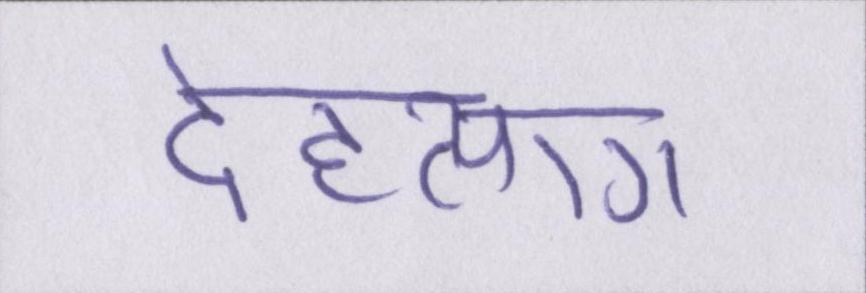
देहत्याग